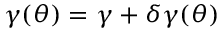
\gamma ( \theta ) = \gamma + \delta \gamma ( \theta )